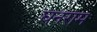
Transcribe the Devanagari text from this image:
घनराम